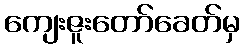
ကျေးဇူးတော်ခေတ်မှ